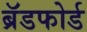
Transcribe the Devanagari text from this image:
ब्रॅडफोर्ड